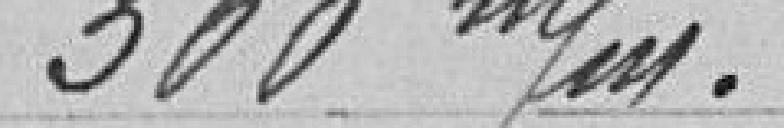
300 m/m.